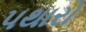
પથારો